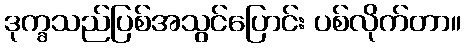
ဒုက္ခသည်ပြစ်အသွင်ပြောင်း ပစ်လိုက်တာ။